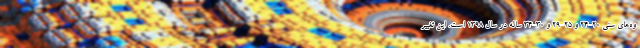
وه‌های سنی ٢٠-٢٤ و ٢٥-٢٩ و ٣٠-٣٤ ساله در سال ١٣٩٨ است. این تغییر